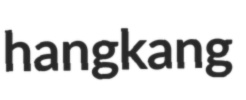
hangkang